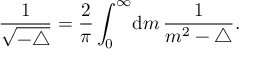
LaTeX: \frac { 1 } { \sqrt { - \triangle } } = \frac { 2 } { \pi } \int _ { 0 } ^ { \infty } \! { { \mathrm d } } m \, \frac { 1 } { m ^ { 2 } - \triangle } .